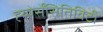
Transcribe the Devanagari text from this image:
ह्य्पेर्सेंसितिविटी